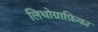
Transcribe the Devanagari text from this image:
लिथोग्राफ़िका